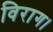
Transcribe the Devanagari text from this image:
विराग।